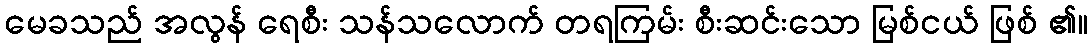
မေခသည် အလွန် ရေစီး သန်သလောက် တရကြမ်း စီးဆင်းသော မြစ်ငယ် ဖြစ် ၏။